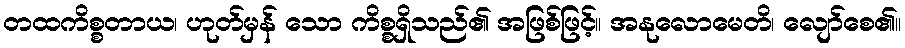
တထကိစ္စတာယ၊ ဟုတ်မှန် သော ကိစ္စရှိသည်၏ အဖြစ်ဖြင့်။ အနုလောမေတိ၊ လျော်စေ၏။